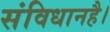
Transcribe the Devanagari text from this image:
संविधानहै।